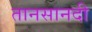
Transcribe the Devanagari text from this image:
तानसानदी